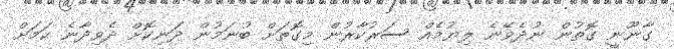
ގާނޫނީ ގޮތުން ނުދެވޭނެ ލިޔުމެއް ސަރުކާރުން މިގޮތަށް ބުނަމުން ދަނިކޮށް ދެވިދާނެ ކަަމަށް